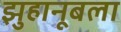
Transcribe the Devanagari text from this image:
झुहानूबला